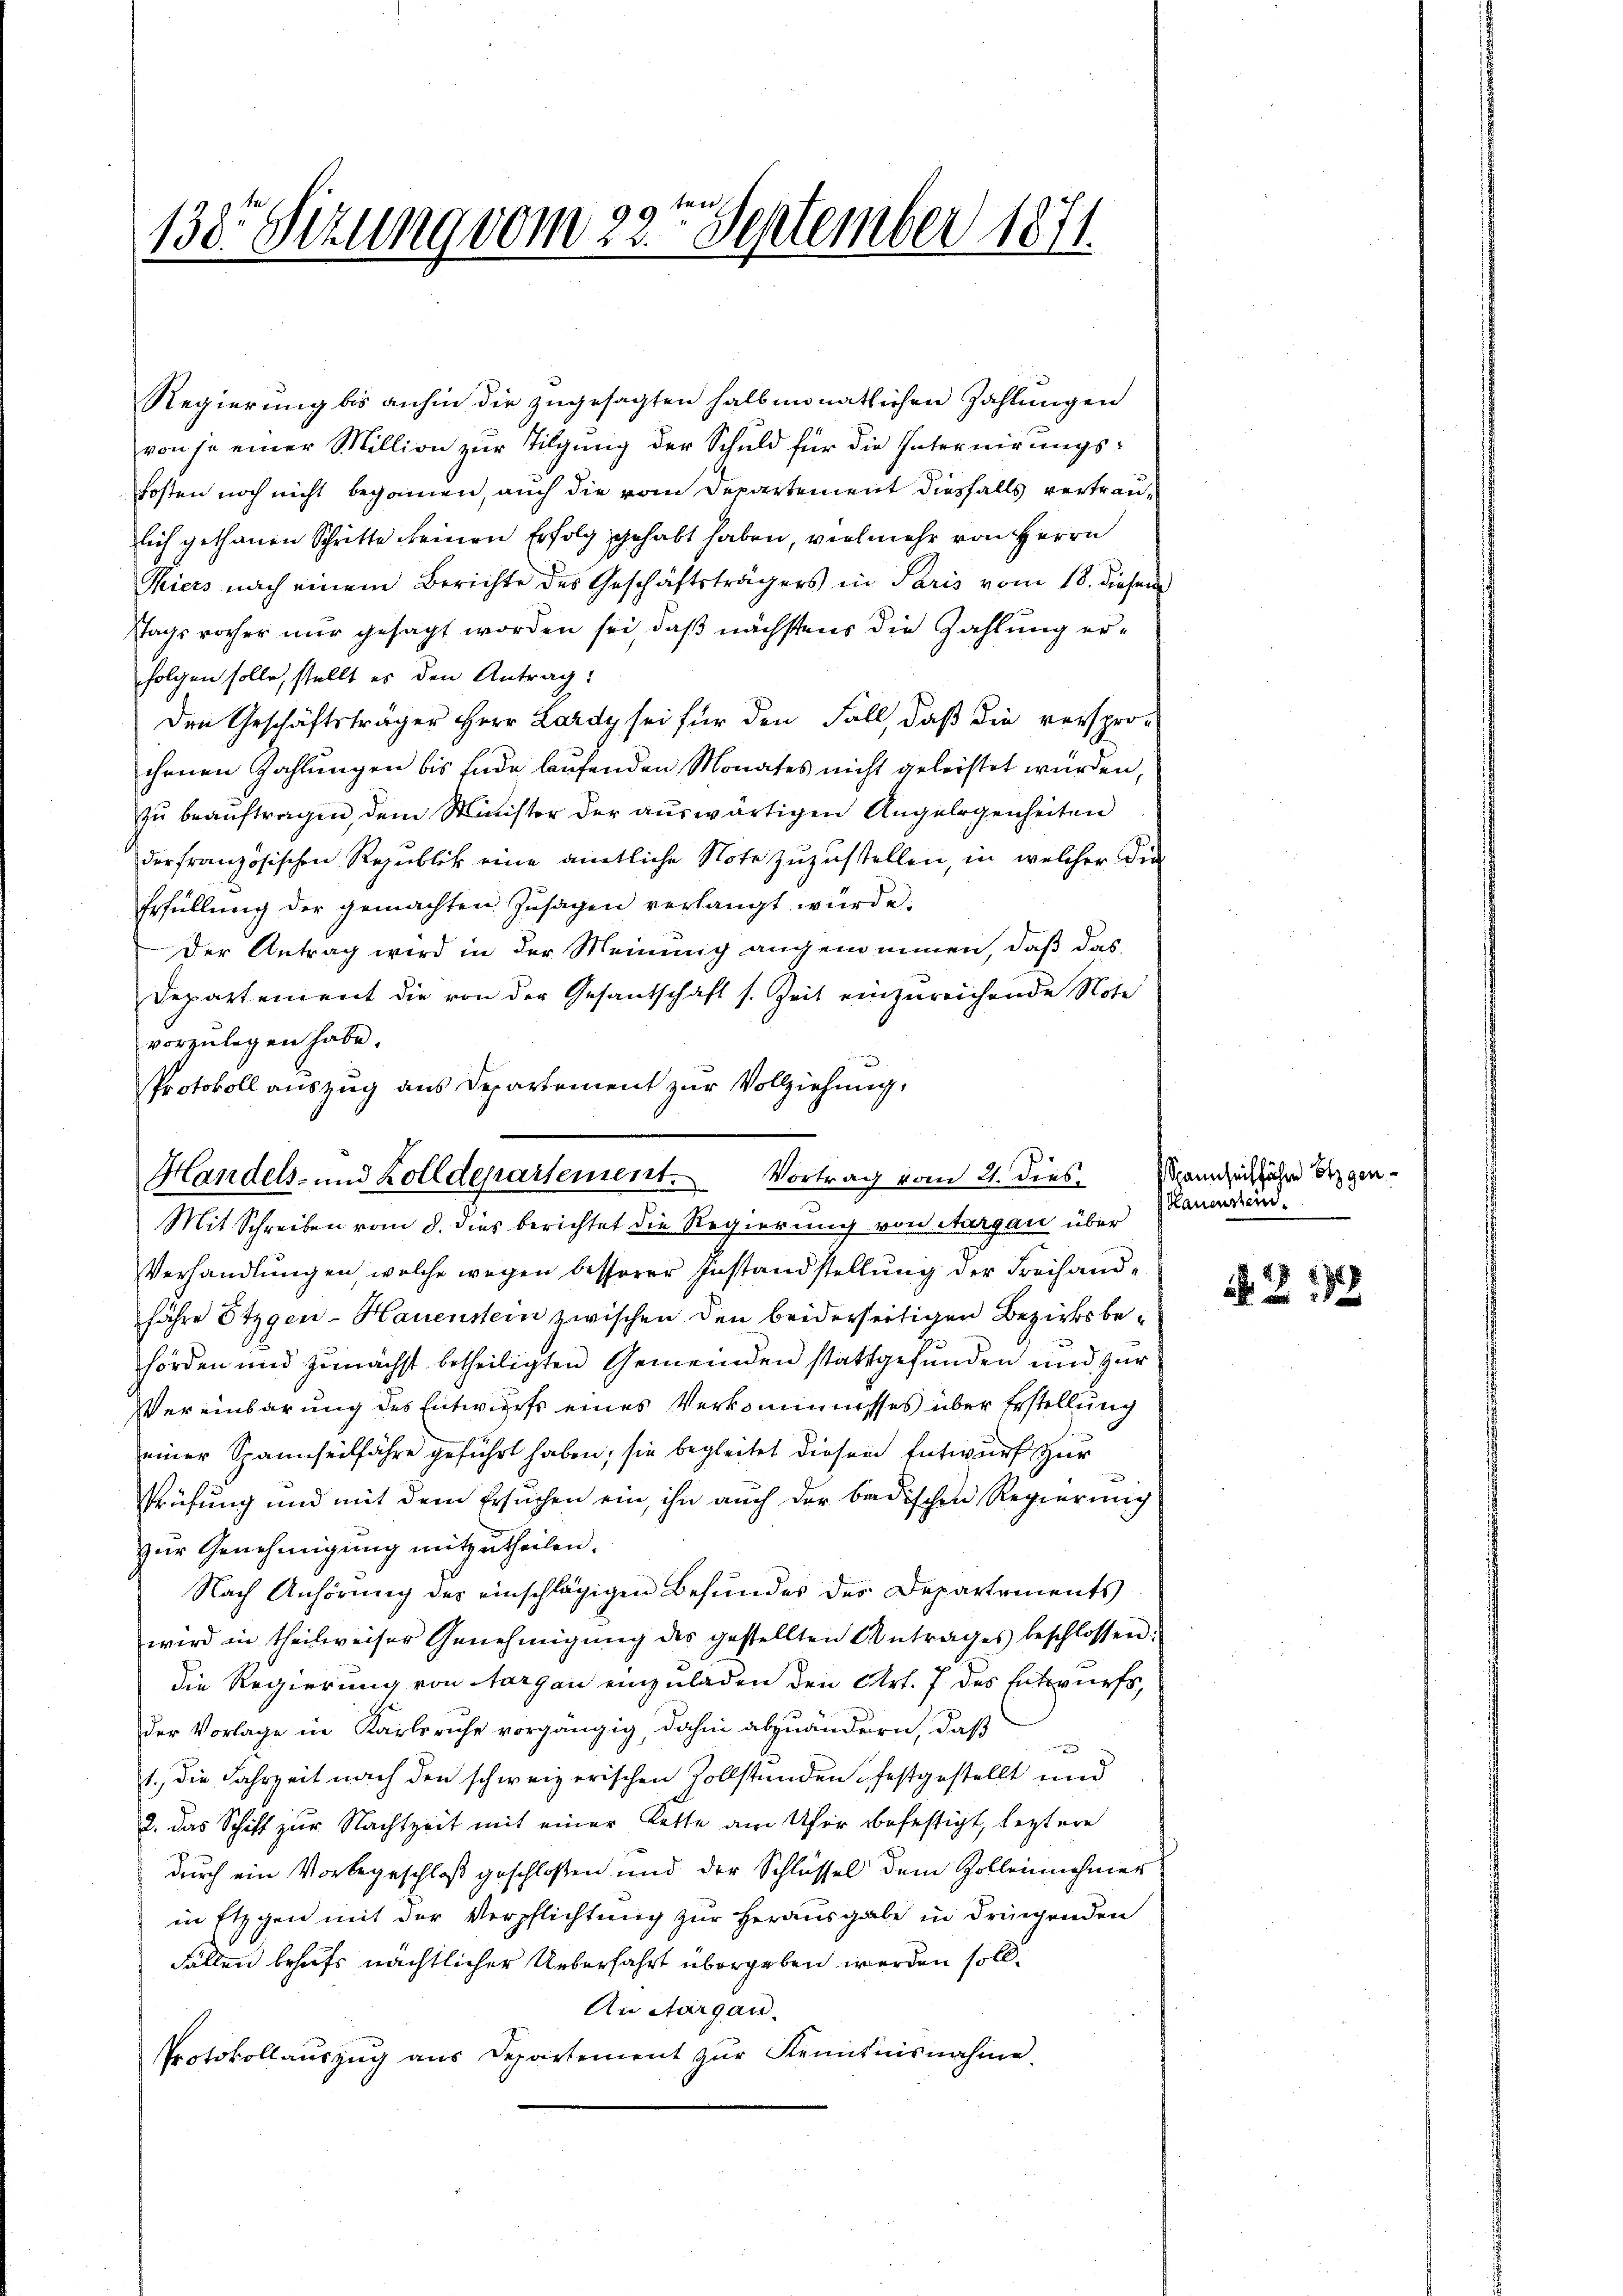
138. Sitzung vom 22ten September 1871.

Regierung bis anhin die zugesagten halbmonatlichen Zahlungen
von je einer Million zur Tilgung der Schuld für die Internirungskosten noch nicht begonnen, auch die vom Departement diesfalls vertraulich gethanen Schritte keinen Erfolg gehabt haben, vielmehr von Herrn
Thiers nach einem Berichte des Geschäftsträgers in Paris vom 18. diesen
stags vorher nur gesagt worden sei, daß nächstens die Zahlung erfolgen solle, stellt es den Antrag:
Den Geschäftsträger Herr Lardy sei für den Fall, daß die versprochenen Zahlungen bis Ende laufenden Monates nicht geleistet wurden,
zu beauftragen, dem Minister der auswärtigen Angelegenheiten
der französischen Republik eine amtliche Note zuzustellen, in welcher die
Erfüllŭng der gemachten Zusagen verlangt wurde.
Der Antrag wird in der Meinung angenommen, daß das
Departement die von der Gesantschaft s. Zeit einzureichende Note
vorzulegen habe.
Protokoll auszug aus Departement zur Vollziehung.
Mit Schreiben vom 8. dies berichtet die Regierung von Aargau über
Verhandlungen, welche wegen besserer Zustandstellung der Freihandjähre Etzgen-Hauenstein zwischen den beiderseitigen Bezirksbe-
hörden und zunächst betheiligten Gemeinden stattgefunden und zur
Vereinbarung des Entwurfs eines Verkommisses über Erstellung
einer Spannseilfahre geführt haben; sie begleitet diesen Entwurf zur
Prüfung und mit dem Ersuchen ein, ihn auch der badischen Regierung
zur Genehmigung mitzutheilen.
Nach Anhörung der einschlägigen Befundes des Departements
wird in theilweiser Genehmigŭng des gestellten Antrages beschlossen.
die Regierung von Aargau einzuladen den Art. 7 des Entwurfs,
der Vorlage in Karlsruhe vorgängig, dahin abzuändern, daß
1., die Fahrzeit nach den schweizerischen Zollstunden festgestellt und
2. das Schiff zur Nachtzeit mit einer Kette am Ufer befestigt, leztere
durch ein Vorbegeschloß geschloßen und der Schlüssel dem Zollenehmer
in Etzgen mit der Verpflichtung zur Herausgabe in dringenden
Fallen behufs nächtlicher Ueberfahrt übergeben werden soll.
An Aargau.
Protokollauszug aus Departement zŭr Kenntnisnahme.

Handels- und Zolldepartement. Vortrag vom 21. dies

Spannseichfahre Stegen¬
Hauenstei

217